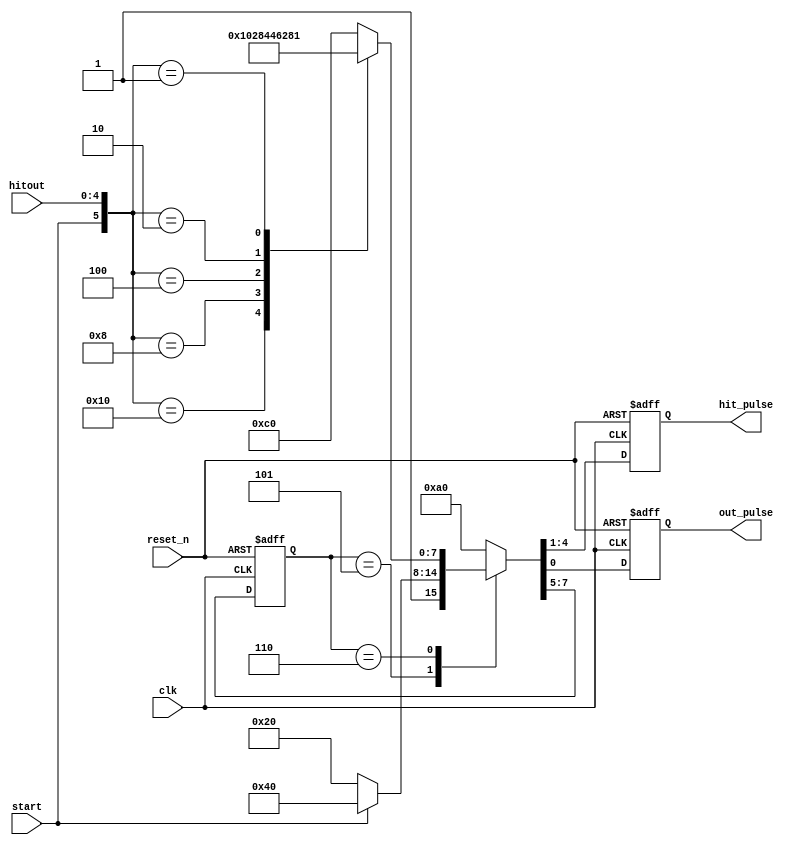
`default_nettype none

`define ONE_BASE     3'd0
`define TWO_BASE     3'd1
`define THREE_BASE   3'd2
`define HOMERUN      3'd3
`define BATTER_OUT   3'd4
`define IDLE         3'd5
`define WAIT_STOP    3'd6

module batting_pulse(
	input wire clk,
	input wire reset_n,
	input wire start,
	input wire [4:0] hitout,    // hit1,hit2,hit3,hit4,out
	output reg [3:0] hit_pulse, // hit1,hit2,hit3,hit4
	output reg out_pulse
);

	reg [2:0] sreg;
	wire [2:0] next_sreg;
	wire next_hit1_o, next_hit2_o, next_hit3_o, next_hit4_o, next_out_signal_o;

	always @(posedge clk, negedge reset_n) begin
		if (!reset_n) begin
			sreg <= `IDLE;
			hit_pulse <= 4'b0000;
			out_pulse <= 1'b0;
		end else begin
			sreg <= next_sreg;
			hit_pulse <= {next_hit1_o, next_hit2_o, next_hit3_o, next_hit4_o};
			out_pulse <= next_out_signal_o;
		end
	end

	function [7:0] pulse(input [2:0] state, input start, input [4:0] hitout);
	begin
		case (state)
			`ONE_BASE: begin
				pulse = {`IDLE, 1'b0, 1'b0, 1'b0, 1'b0, 1'b0};
			end
			`TWO_BASE: begin
				pulse = {`IDLE, 1'b0, 1'b0, 1'b0, 1'b0, 1'b0};
			end
			`THREE_BASE: begin
				pulse = {`IDLE, 1'b0, 1'b0, 1'b0, 1'b0, 1'b0};
			end
			`HOMERUN: begin
				pulse = {`IDLE, 1'b0, 1'b0, 1'b0, 1'b0, 1'b0};
			end
			`BATTER_OUT: begin
				pulse = {`IDLE, 1'b0, 1'b0, 1'b0, 1'b0, 1'b0};
			end
			`IDLE: begin
				if (start) begin
					pulse = {`WAIT_STOP, 1'b0, 1'b0, 1'b0, 1'b0, 1'b0};
				end else begin
					pulse = {`IDLE, 1'b0, 1'b0, 1'b0, 1'b0, 1'b0};
				end
			end
			`WAIT_STOP: begin
				case ({start,hitout})
					6'b010000: begin
						pulse = {`ONE_BASE, 1'b1, 1'b0, 1'b0, 1'b0, 1'b0};
					end
					6'b001000: begin
						pulse = {`TWO_BASE, 1'b0, 1'b1, 1'b0, 1'b0, 1'b0};
					end
					6'b000100: begin
						pulse = {`THREE_BASE, 1'b0, 1'b0, 1'b1, 1'b0, 1'b0};
					end
					6'b000010: begin
						pulse = {`HOMERUN, 1'b0, 1'b0, 1'b0, 1'b1, 1'b0};
					end
					6'b000001: begin
						pulse = {`BATTER_OUT, 1'b0, 1'b0, 1'b0, 1'b0, 1'b1};
					end
					default: begin
						pulse = {`WAIT_STOP, 1'b0, 1'b0, 1'b0, 1'b0, 1'b0};
					end
				endcase
			end
			default: begin
				pulse = {`IDLE, 1'b0, 1'b0, 1'b0, 1'b0, 1'b0};
			end
		endcase
	end
	endfunction

	assign {next_sreg, next_hit1_o, next_hit2_o, next_hit3_o, next_hit4_o, next_out_signal_o} = pulse(sreg, start, hitout);

endmodule